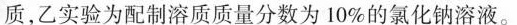
质，乙实验为配制溶质质量分数为10%的氯化钠溶液。